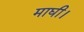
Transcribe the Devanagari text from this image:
माघी।